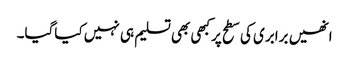
انھیں برابری کی سطح پرکبھی بھی تسلیم ہی نہیں کیاگیا۔